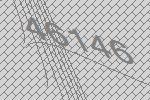
46146